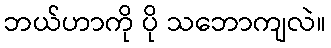
ဘယ်ဟာကို ပို သဘောကျလဲ။